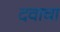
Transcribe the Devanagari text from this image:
दवाचा